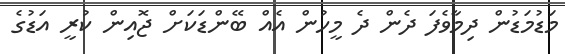
މަޑުމަޑުން ދިމާވެފަ ދެން ދެ މީހުން އެއް ބޭންޑަކަށް ޖޮއިން ކުރީ އަޑުގެ